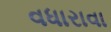
વધારાવા